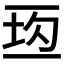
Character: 𰁘